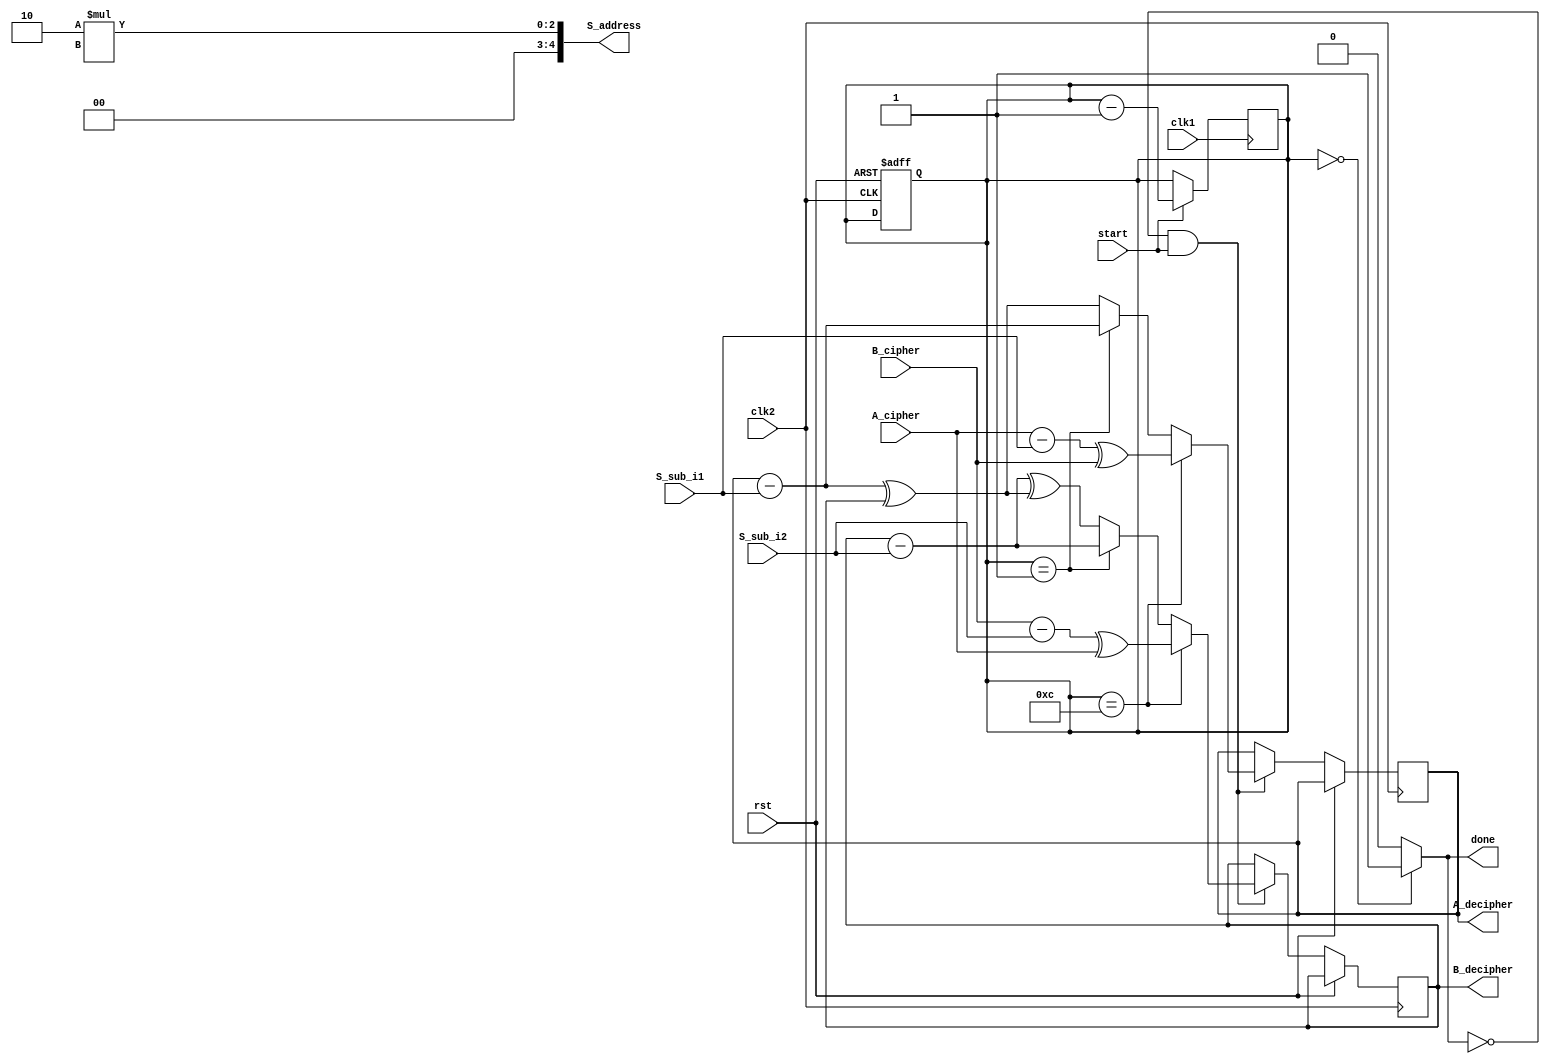
module cipher
#(
	parameter r = 12,
	parameter t = 26,
	parameter w = 32
)

(
	input clk1,
	input clk2,
	input rst,
	//
	input start,
	input [w-1:0] A_cipher,
	input [w-1:0] B_cipher,
	input [w-1:0] S_sub_i1,
	input [w-1:0] S_sub_i2,
	output [t_length-1:0] S_address,
	output done,
	output reg [w-1:0] A_decipher,
	output reg [w-1:0] B_decipher
);

	parameter r_length = $clog2(r);
	parameter t_length = $clog2(t);

	reg [r_length:0] countDecipher;
	reg i;

	assign done = (countDecipher == 0) ? 1:0;
	assign  S_address = 2*i;

	always @(posedge clk2 or posedge rst) begin
		
		if (rst) begin
			countDecipher = 0;
		end

		else if (!done && start) begin
			if (countDecipher == r) begin
				A_decipher = (A_cipher - S_sub_i1) ^ B_cipher;
				B_decipher = (B_cipher - S_sub_i2) ^ A_cipher;
			end
			else if (countDecipher == 1) begin
				A_decipher = A_decipher - S_sub_i1;
				B_decipher = B_decipher - S_sub_i2;	
			end

			else begin
				A_decipher = (A_decipher - S_sub_i1) ^ B_decipher;
				B_decipher = (B_decipher - S_sub_i2) ^ A_decipher;	
			end
			
		end
	end

	always @(posedge clk1) begin
		if(start) begin
			countDecipher = countDecipher-1;
		end
	end

endmodule